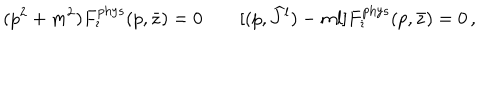
( p ^ { 2 } + m ^ { 2 } ) F _ { \imath } ^ { \mathrm { p h y s } } ( p , \bar { z } ) = 0 \qquad [ ( p , { \widehat J } { } ^ { l } ) - m l ] F _ { \imath } ^ { \mathrm { p h y s } } ( p , \bar { z } ) = 0 \, ,